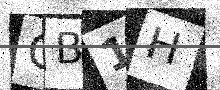
Text: CB1H